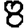
Digit: 8